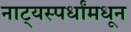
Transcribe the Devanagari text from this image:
नाट्यस्पर्धांमधून